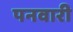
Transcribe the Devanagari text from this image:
पनवारी